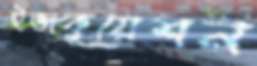
ইভাকুয়েশন